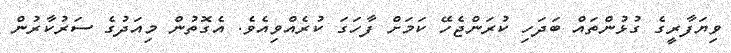
ވިޔަފާރީގެ ގުޅުންތައް ބަދަހި ކުރަންޖެހޭ ކަމަށް ފާހަގަ ކުރެއްވިއެވެ. އެގޮތުން މިއަދުގެ ސަރުކާރުން